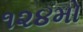
૧૨૪મો